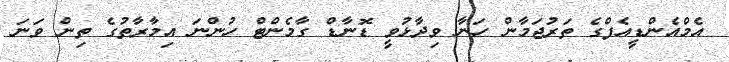
އެމްއެންޑީއެފްގެ ތަރުޖަމާން ހަނާ ވިދާޅުވީ ޑޮނާޑް ގާމެންޓް ހުންނަ އިމާރާތުގެ ތިން ވަނަ